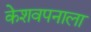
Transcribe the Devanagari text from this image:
केशवपनाला